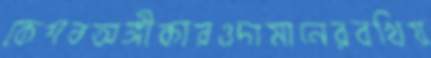
কেশবঅঙ্গীকারওদামানেরবখিয়